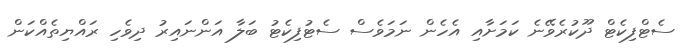
ސެޓްފިކެޓް ދޫކުރެވޭނެ ކަމަށާއި އެހެން ނަމަވެސް ސެޓުފިކެޓު ބަލާ އަންނައިރު ދިވެހި ރައްޔިތެއްކަން